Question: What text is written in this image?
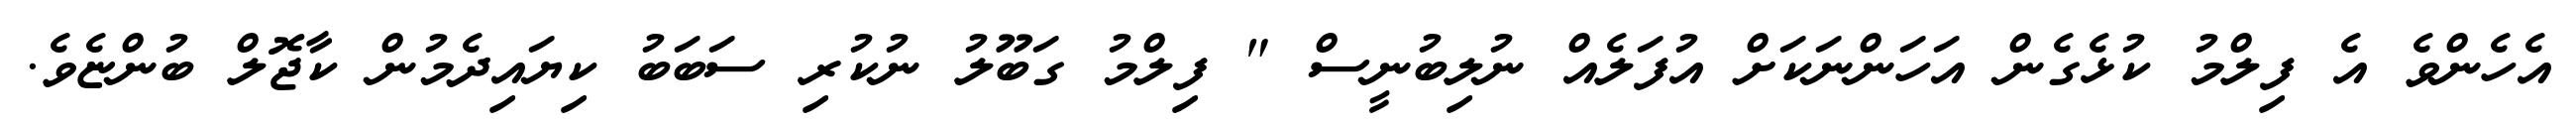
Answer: އެހެންވެ އެ ފިލްމު ކުޅެގެން އަހަންނަކަށް އުފަލެއް ނުލިބުނީސް " ފިލްމު ގަބޫލު ނުކުރި ސަބަބު ކިޔައިދެމުން ކާޖޮލް ބުންޏެވެ.